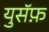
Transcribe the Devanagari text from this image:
युसॅफ़